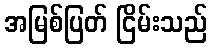
အမြစ်ပြတ် ငြိမ်းသည်